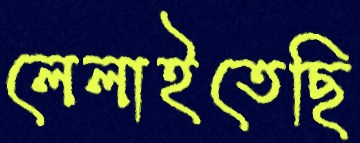
লেলাইতেছি